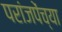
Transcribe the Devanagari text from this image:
परांजपेंच्या